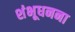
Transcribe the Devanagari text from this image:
शंभूधनना